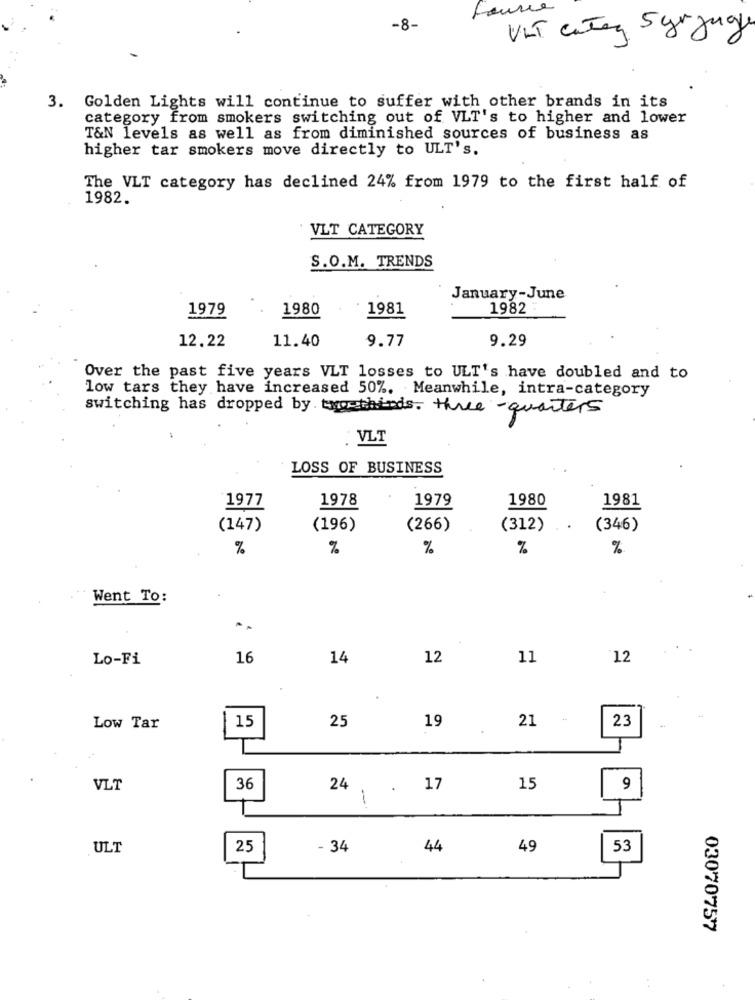
Laurie
-8-
UIT categ Syr juge
3. Golden Lights will continue to suffer with other brands in its
category from smokers switching out of VLT's to higher and lower
T&N levels as well as from diminished sources of business as
higher tar smokers move directly to ULT's.
The VLT category has declined 24% from 1979 to the first half of
1982.
VLT CATEGORY
S.O.M. TRENDS
January-June
1979
1980
1981
1982
12.22
11.40
9.77
9.29
Over the past five years VLT losses to ULT's have doubled and to
low tars they have increased 50%. Meanwhile, intra-category
switching has dropped by two-thirds. three quarters
: VLT
LOSS OF BUSINESS
1977
1978
1979
1980
1981
(147)
(196)
(266)
(312)
(346)
%
%
%
%
%
Went To:
Lo-Fi
16
14
12
11
12
15
25
19
21
Low Tar
23
VLT
36
24
17
15
9
1
ULT
25
- 34
44
49
53
03070757